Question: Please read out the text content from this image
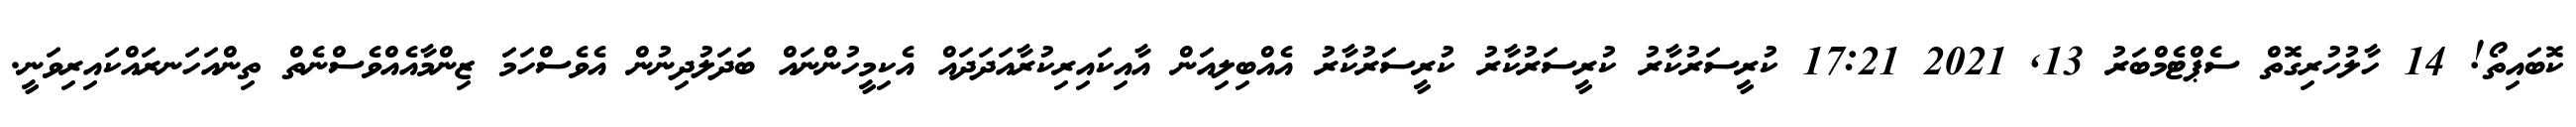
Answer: ކޮބައިތޯ! 14 ހާލުހުރިގޮތް ސެޕްޓެމްބަރު 13, 2021 17:21 ކުރީސަރުކާރު ކުރީސަރުކާރު ކުރީސަރުކާރު އެއްބިލިއަން އާއިކައިރިކުރާއަދަދައް އެކިމީހުންނައް ބަދަލުދިނުން އެވެސްހަމަ ޒިންމާއެއްވެސްނެތް ތިންއަހަނރައްކައިރިވަނީ.